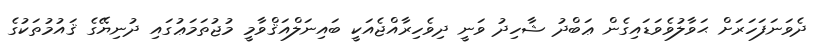
ދެވަނަފަހަރަށް ޙަވާލުވެވަޑައިގެން ޢަބްދު ޝާހިދު ވަނީ ދިވެހިރާއްޖެއަކީ ބައިނަލްއަޤްވާމީ މުޖުތަމަޢުގައި ދުނިޔޭގެ ޤައުމުތަކުގެ